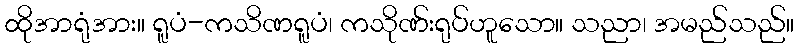
ထိုအာရုံအား။ ရူပံ-ကသိဏရူပံ၊ ကသိုဏ်းရုပ်ဟူသော။ သညာ၊ အမည်သည်။